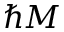
\hbar M